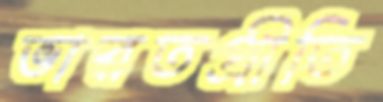
ভারতপ্রীতি